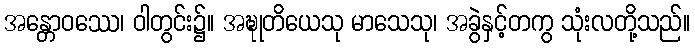
အန္တောဝဿေ၊ ဝါတွင်း၌။ အဍ္ဎုတိယေသု မာသေသု၊ အခွဲနှင့်တကွ သုံးလတို့သည်။